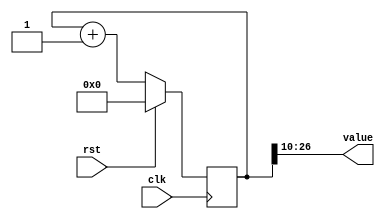
/*
   This file was generated automatically by the Mojo IDE version B1.3.6.
   Do not edit this file directly. Instead edit the original Lucid source.
   This is a temporary file and any changes made to it will be destroyed.
*/

/*
   Parameters:
     SIZE = 17
     DIV = 10
     TOP = 0
     UP = 1
*/
module counter_3 (
    input clk,
    input rst,
    output reg [16:0] value
  );
  
  localparam SIZE = 5'h11;
  localparam DIV = 4'ha;
  localparam TOP = 1'h0;
  localparam UP = 1'h1;
  
  
  reg [26:0] M_ctr_d, M_ctr_q = 1'h0;
  
  localparam MAX_VALUE = 11'h3ff;
  
  always @* begin
    M_ctr_d = M_ctr_q;
    
    value = M_ctr_q[10+16-:17];
    if (1'h1) begin
      M_ctr_d = M_ctr_q + 1'h1;
      if (1'h0 && M_ctr_q == 11'h3ff) begin
        M_ctr_d = 1'h0;
      end
    end else begin
      M_ctr_d = M_ctr_q - 1'h1;
      if (1'h0 && M_ctr_q == 1'h0) begin
        M_ctr_d = 11'h3ff;
      end
    end
  end
  
  always @(posedge clk) begin
    if (rst == 1'b1) begin
      M_ctr_q <= 1'h0;
    end else begin
      M_ctr_q <= M_ctr_d;
    end
  end
  
endmodule